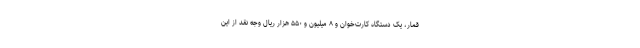
قمار، یک دستگاه کارت‌خوان و ۸ میلیون و ۵۵۰ هزار ریال وجه نقد از این